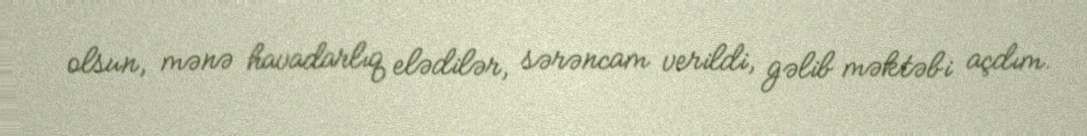
olsun, mənə havadarlıq elədilər, sərəncam verildi, gəlib məktəbi açdım.